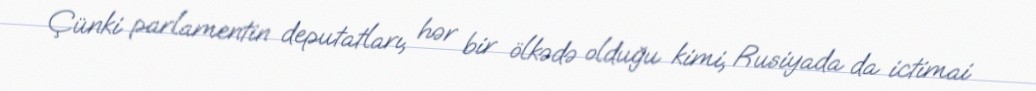
Çünki parlamentin deputatları, hər bir ölkədə olduğu kimi, Rusiyada da ictimai